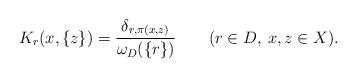
LaTeX: \begin{align*}K_r(x,\{z\})=\frac{\delta_{r,\pi(x,z)} }{\omega_D(\{r\})} \quad\quad(r\in D, \> x,z\in X).\end{align*}